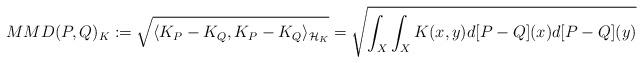
LaTeX: \begin{align*} MMD(P,Q)_{K} := \sqrt{ \langle K_{P} - K_{Q}, K_{P} - K_{Q}\rangle_{\mathcal{H}_{K}} }= \sqrt{\int_{X} \int_{X}K(x,y)d[P-Q](x)d[P-Q](y)} \end{align*}